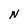
Character: N